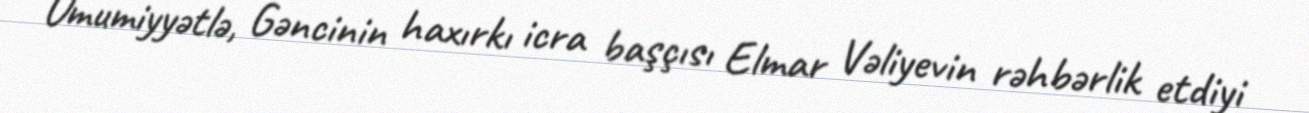
Ümumiyyətlə, Gəncinin haxırkı icra başçısı Elmar Vəliyevin rəhbərlik etdiyi